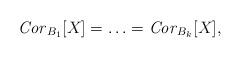
LaTeX: \begin{align*}\textrm{\emph{Cor}}_{B_1}[X]=\ldots=\textrm{\emph{Cor}}_{B_k}[X],\end{align*}